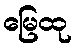
မြေထု